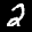
Label: 2